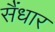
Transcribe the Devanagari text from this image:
सैंधार